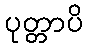
ပုတ္တာပိ